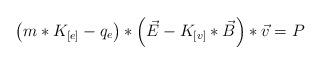
LaTeX: \begin{align*}\left(m*K_{[e]}-q_{e}\right)*\left(\vec{E}-K_{[v]}*\vec{B}\right)*\vec{v} = P\end{align*}